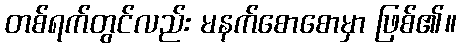
တစ်ရက်တွင်လည်း မနက်စောစောမှာ ဖြစ်၏။